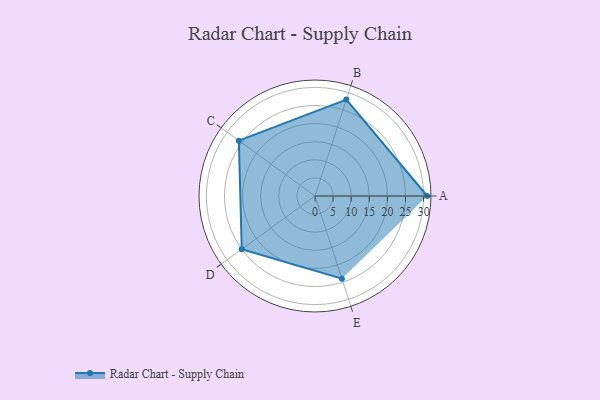
{"axis": {"x": "Skill", "y": "Score"}, "legend": ["Profile"], "data": [{"x": "A", "y": 31.0, "type": "Profile"}, {"x": "B", "y": 28.0, "type": "Profile"}, {"x": "C", "y": 26.0, "type": "Profile"}, {"x": "D", "y": 25.0, "type": "Profile"}, {"x": "E", "y": 24.0, "type": "Profile"}]}